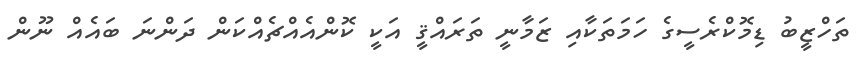
ތަހްޒީބު ޑިމޮކްރެސީގެ ހަމަތަކާއި ޒަމާނީ ތަރައްޤީ އަކީ ކޮންއެއްޗެއްކަން ދަންނަ ބައެއް ނޫން